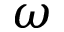
\omega